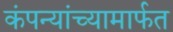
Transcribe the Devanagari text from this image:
कंपन्यांच्यामार्फत